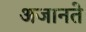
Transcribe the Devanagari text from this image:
अजानते